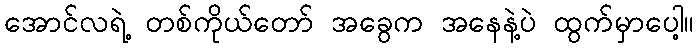
အောင်လရဲ့ တစ်ကိုယ်တော် အခွေက အနေနဲ့ပဲ ထွက်မှာပေါ့။